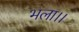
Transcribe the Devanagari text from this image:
भला।।